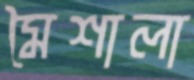
মৈশালা